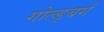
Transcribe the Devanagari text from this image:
गोल्ड्बर्ग